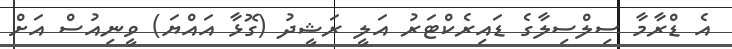
އެ ޑްރާމާ ސިލްސިލާގެ ޑައިރެކްޓަރު އަލީ ރަޝީދު (ގޮޅާ އައްޔަ) ވީނިއުސް އަށް